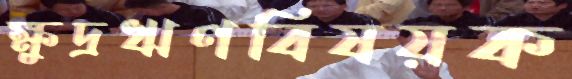
ক্ষুদ্রঋণবিষয়ক